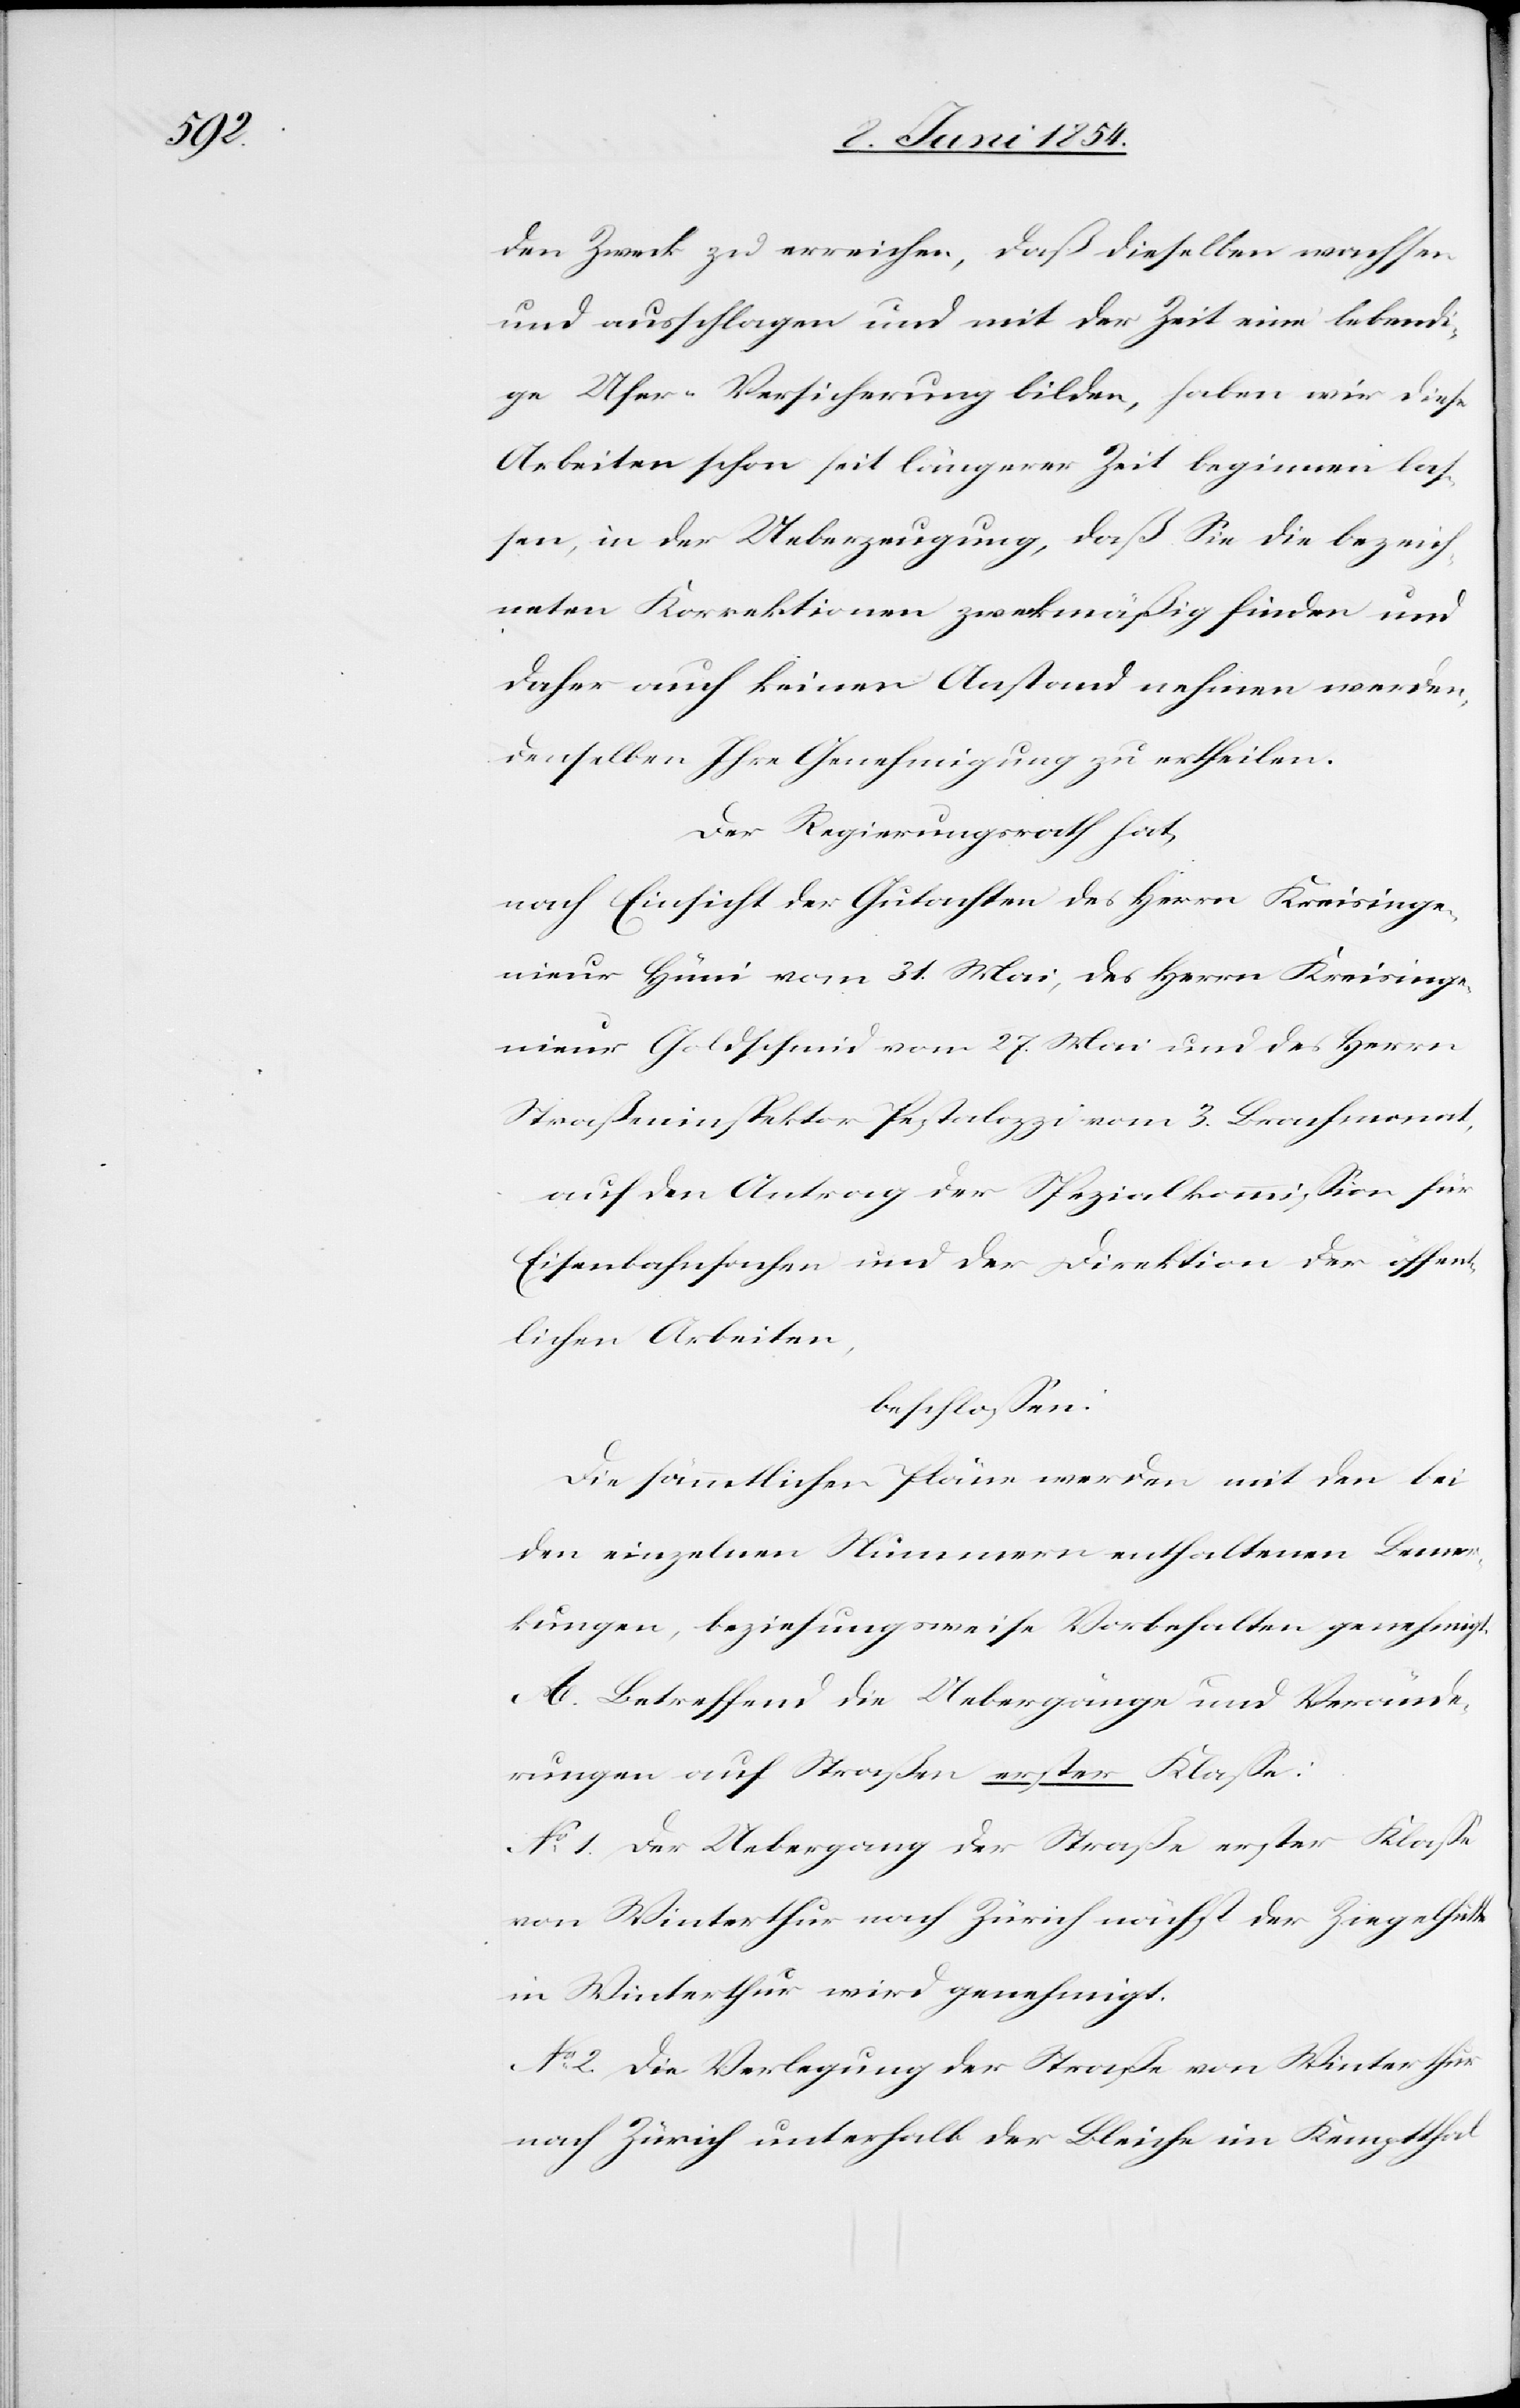
den Zweck zu erreichen, daß dieselben wachsen
und ausschlagen und mit der Zeit eine lebendi¬
ge Ufer-Versicherung bilden, haben wir diese
Arbeiten schon seit längerer Zeit beginnen laß¬
en, in der Ueberzeugung, daß Sie die bezeich¬
neten Korrektionen zweckmäßig finden und
daher auch keinen Anstand nehmen werden,
denselben Ihre Genehmigung zu ertheilen.
Der Regierungsrath hat,
nach Einsicht der Gutachten des Herrn Kreisinge¬
nieur Hüni vom 31. Mai, des Herrn Kreisinge¬
nieur Goldschmid vom 27. Mai und des Herrn
Straßeninspektor Pestalozzi vom 3. Brachmonat,
auf den Antrag der Spezialkommißion für
Eisenbahnsachen und der Direktion der öffent¬
lichen Arbeiten,
beschloßen:
Die sämmtlichen Pläne werden mit den bei
den einzelnen Nummern enthaltenen Bemer¬
kungen, beziehungsweise Vorbehalten genehmigt.
A. Betreffend die Uebergänge und Verände¬
rungen auf Straßen erster Klaße.
No 1 Der Uebergang der Straße erster Klaße
von Winterthur nach Zürich nächst der Ziegelhütte
in Winterthur wird genehmigt.
No 2. Die Verlegung der Straße von Winterthur
nach Zürich unterhalb der Bleiche [sic!] im Kemptthal